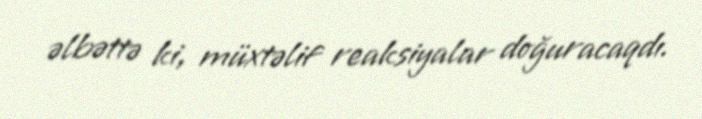
əlbəttə ki, müxtəlif reaksiyalar doğuracaqdı.